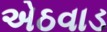
એઠવાડ